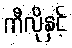
ကီလိုနှင့်